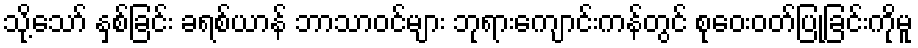
သို့သော် နှစ်ခြင်း ခရစ်ယာန် ဘာသာဝင်များ ဘုရားကျောင်းကန်တွင် စုဝေးဝတ်ပြုခြင်းကိုမူ